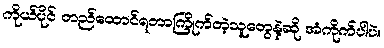
ကိုယ်ပိုင် တည်ထောင်ရတာကြိုက်တဲ့သူတွေနဲ့ဆို အံကိုက်ပါပဲ။